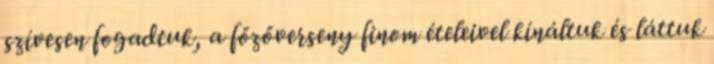
szívesen fogadtuk, a főzőverseny finom ételeivel kínáltuk és láttuk